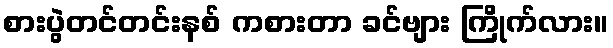
စားပွဲတင်တင်းနစ် ကစားတာ ခင်ဗျား ကြိုက်လား။